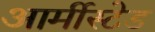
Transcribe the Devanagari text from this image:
आर्मीस्टेड